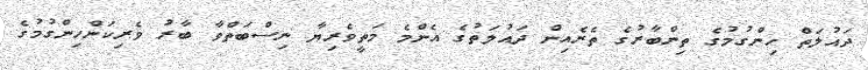
ދައުލަތް ހިންގުމުގެ ތިންބާރުގެ ތެރެއިން ދައުލަތުގެ އެންމެ މަތީވެރިޔާ ނިސްބަތްވާ ބާރު ވެރިކަންހިންގުމުގެ